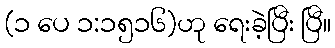
(၁ ပေ ၁:၁၅၁၆)ဟု ရေးခဲ့ပြီး ပြီ။